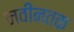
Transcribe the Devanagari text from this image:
नवीनतक